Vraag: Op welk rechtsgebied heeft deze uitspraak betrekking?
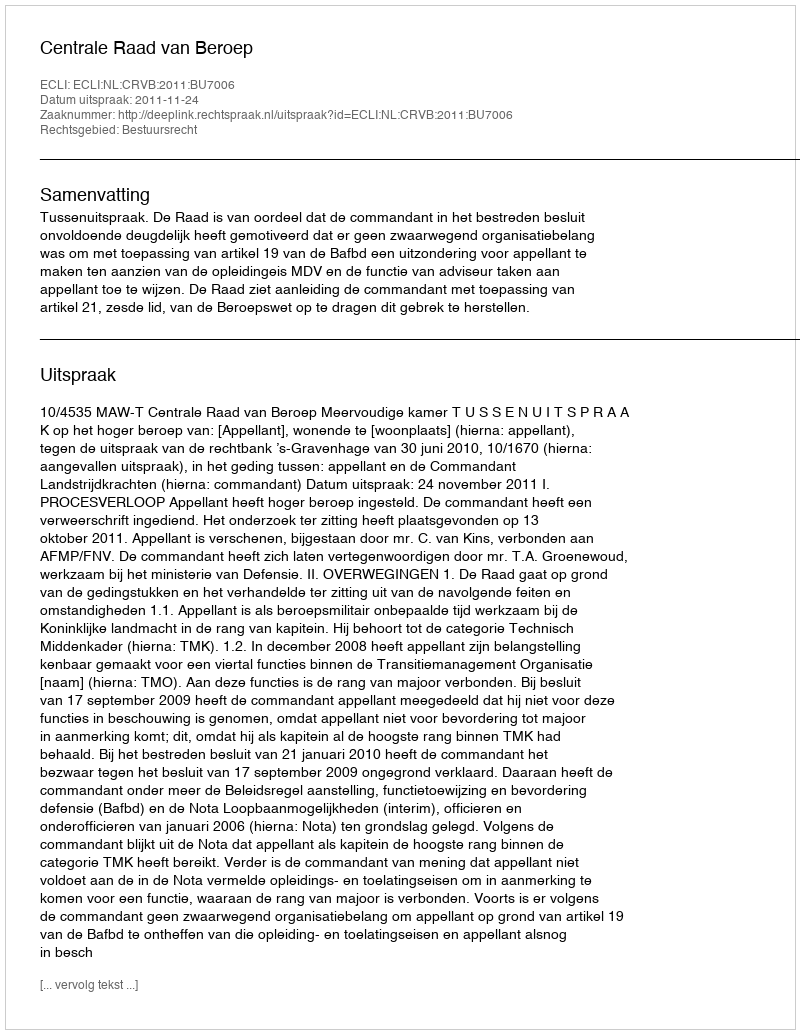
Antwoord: Bestuursrecht